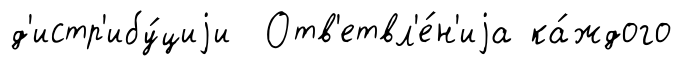
д'истр'ибу́циjи Отв'етвл'е́н'иjа ка́ждого